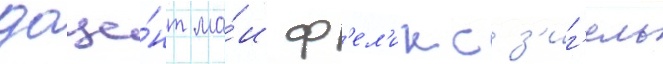
доце́нт ма́и ф'ел'икс з'иг'ель